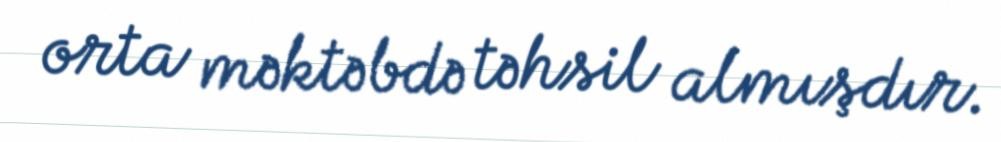
orta məktəbdə təhsil almışdır.